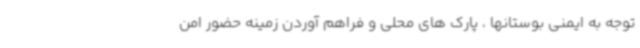
توجه به ایمنی بوستانها ، پارک های محلی و فراهم آوردن زمینه حضور امن